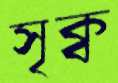
সৃক্ব